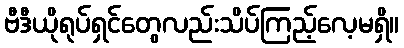
ဗီဒီယိုရုပ်ရှင်တွေလည်းသိပ်ကြည့်လေ့မရှိ။